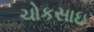
ચોકસાઇ